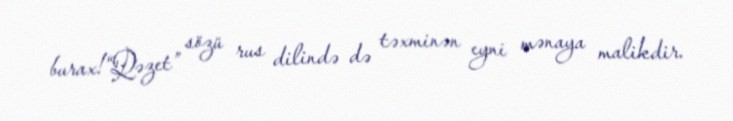
burax!“Qəzet” sözü rus dilində də təxminən eyni mənaya malikdir.